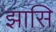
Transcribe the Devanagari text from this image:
झासि